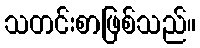
သတင်းစာဖြစ်သည်။